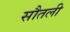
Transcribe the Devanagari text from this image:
सौतली